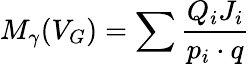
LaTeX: M_{\gamma}(V_{G})=\sum\frac{Q_{i}J_{i}}{p_{i}\cdot q}